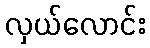
လှယ်လောင်း